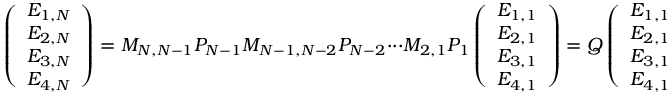
\left( \begin{array} { c } { E _ { 1 , N } } \\ { E _ { 2 , N } } \\ { E _ { 3 , N } } \\ { E _ { 4 , N } } \end{array} \right) = \boldsymbol { M _ { N , N - 1 } P _ { N - 1 } M _ { N - 1 , N - 2 } P _ { N - 2 } } \cdot \cdot \cdot \boldsymbol { M _ { 2 , 1 } P _ { 1 } } \left( \begin{array} { c } { E _ { 1 , 1 } } \\ { E _ { 2 , 1 } } \\ { E _ { 3 , 1 } } \\ { E _ { 4 , 1 } } \end{array} \right) = \boldsymbol { Q } \left( \begin{array} { c } { E _ { 1 , 1 } } \\ { E _ { 2 , 1 } } \\ { E _ { 3 , 1 } } \\ { E _ { 4 , 1 } } \end{array} \right) .